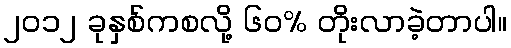
၂၀၁၂ ခုနှစ်ကစလို့ ၆၀% တိုးလာခဲ့တာပါ။